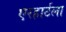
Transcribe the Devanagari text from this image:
एरहार्टला